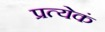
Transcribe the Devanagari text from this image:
प्रत्येकं